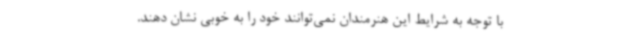
با توجه به شرایط این هنرمندان نمی‌توانند خود را به خوبی نشان دهند.